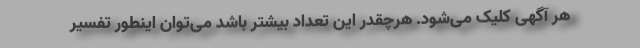
هر آگهی کلیک می‌شود. هرچقدر این تعداد بیشتر باشد می‌توان اینطور تفسیر